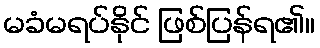
မခံမရပ်နိုင် ဖြစ်ပြန်ရ၏။